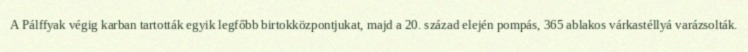
A Pálffyak végig karban tartották egyik legfőbb birtokközpontjukat, majd a 20. század elején pompás, 365 ablakos várkastéllyá varázsolták.